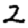
Digit: 2